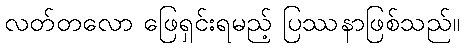
လတ်တလော ဖြေရှင်းရမည့် ပြဿနာဖြစ်သည်။